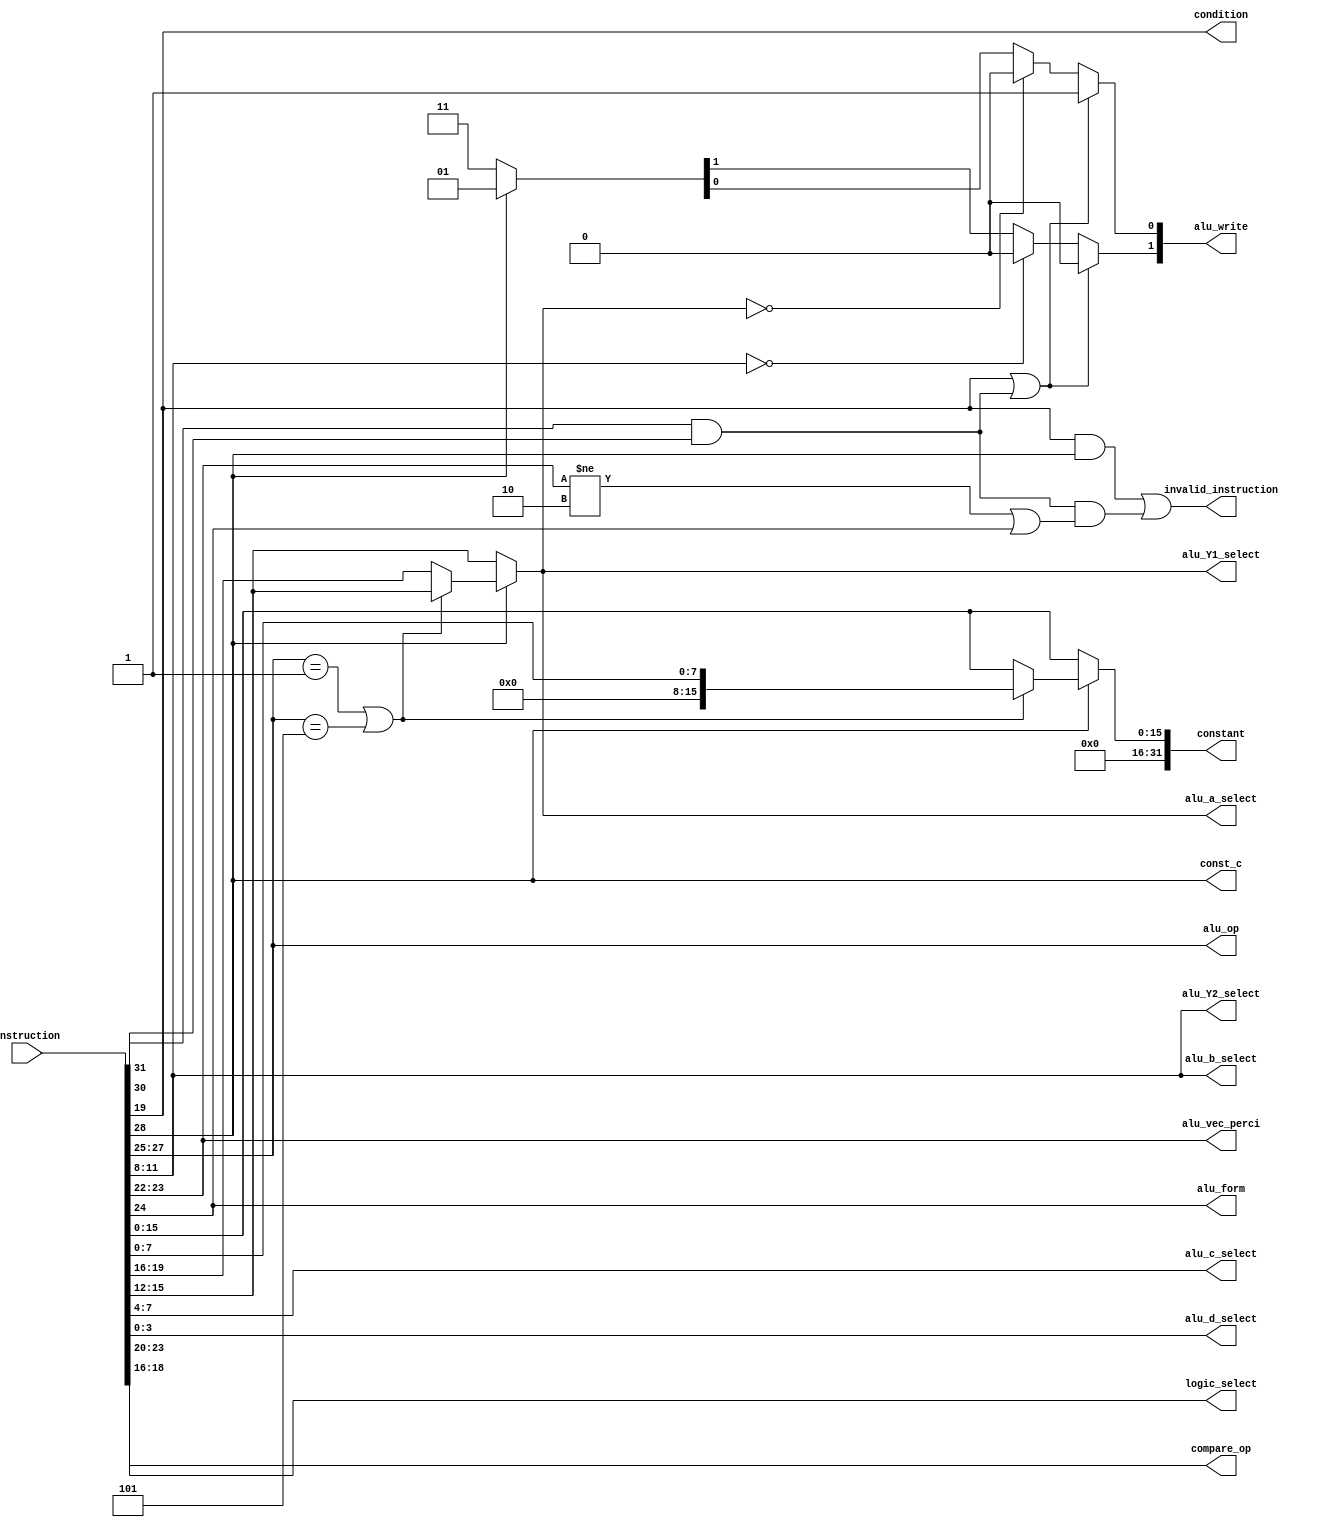
module alu_instruction_decoder (
  input[31:0] instruction,
  output invalid_instruction,
  output reg[2:0] alu_op,
  output reg[1:0] alu_vec_perci,
  output reg alu_form,
  output reg const_c,
  output reg[31:0] constant,
  output reg[3:0] alu_a_select,
  output reg[3:0] alu_b_select,
  output reg[3:0] alu_c_select,
  output reg[3:0] alu_d_select,
  output reg[3:0] alu_Y1_select,
  output reg[3:0] alu_Y2_select,
  output reg[1:0] alu_write,
  output reg[3:0] logic_select,
  output reg condition,
  output reg [2:0] compare_op
  );

  localparam
    ADD = 3'b000,
    SUB = 3'b100,
    SR = 3'b001,
    SL= 3'b101,
    AND = 3'b010,
    OR = 3'b011,
    XOR = 3'b110,
    COPY = 3'b111;

  wire jump = instruction[31] & instruction[30];

  always @(*) begin
    //General assignments
    {const_c, alu_op, alu_form, alu_vec_perci} = instruction[28:22];
    {condition, compare_op} = instruction[19:16];
    {alu_a_select, alu_b_select, alu_c_select, alu_d_select} = instruction[15:0];
    constant = {16'b0, instruction[15:0]};
    logic_select = instruction[23:20];
    alu_write = 2'b11;

    //cases for constant assignments
    if(const_c) begin
      alu_write = 2'b01;
      if(alu_op == SR | alu_op == SL)
        constant = instruction[7:0];
      else
        alu_a_select = instruction[19:16];
    end
    {alu_Y1_select, alu_Y2_select} = {alu_a_select, alu_b_select};


    //Make sure to not write to register 0
    if (condition | jump) begin
      alu_write[1:0] = 2'b01;
    end
    else begin
      if(alu_Y1_select == 4'b0) begin
        alu_write[0] = 0; end
      if(alu_Y2_select == 4'b0) begin
        alu_write[1] = 0; end
    end
  end

  wire invalid_jump = jump & (alu_vec_perci != 2'b10 | alu_form);
  wire invalid_condition_op = condition & const_c;
  assign invalid_instruction = invalid_condition_op | invalid_jump;
endmodule